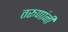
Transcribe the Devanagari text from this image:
तरूणांनी